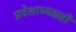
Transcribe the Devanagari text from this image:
प्रदेशाध्यक्षही